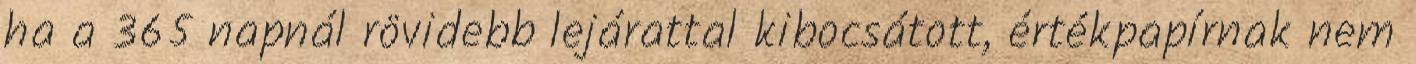
ha a 365 napnál rövidebb lejárattal kibocsátott, értékpapírnak nem